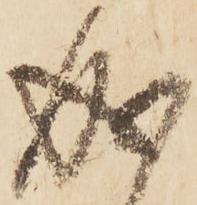
成